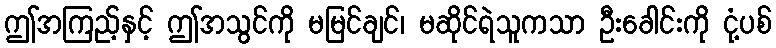
ဤအကြည့်နှင့် ဤအသွင်ကို မမြင်ချင်၊ မဆိုင်ရဲသူကသာ ဦးခေါင်းကို ငုံ့ပစ်